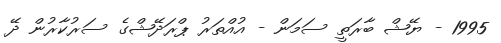
1995 - ޔޭޝް ބާރަތީ ސަމަން - އުއްތަރު ޕްރަދޭޝްގެ ސަރުކާރުން ދޭ